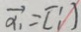
\overrightarrow { \alpha _ { 1 } } = [ : ]